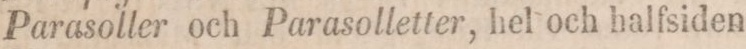
Parasoller och Parasolletter, hel och halfsiden.